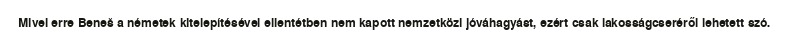
Mivel erre Beneš a németek kitelepítésével ellentétben nem kapott nemzetközi jóváhagyást, ezért csak lakosságcseréről lehetett szó.